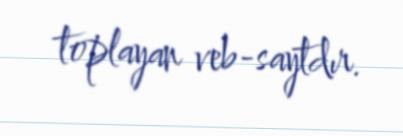
toplayan veb-saytdır.